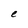
Character: e